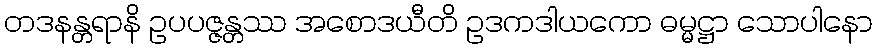
တဒနန္တရာနိ ဥပပဇ္ဇန္တဿ အစောဒယီတိ ဥဒကဒါယကော ဓမ္မဋ္ဌာ သောပါနော